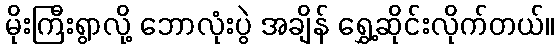
မိုးကြီးရွာလို့ ဘောလုံးပွဲ အချိန် ရွှေ့ဆိုင်းလိုက်တယ်။